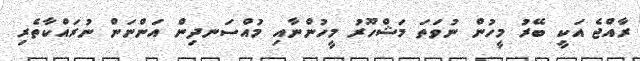
ރާއްޖެ އަކީ ބޭރު މީހުން ނުވަތަ މަޝްހޫރު މީހުންނާއި މުއްސަނދިން އަންނަން ނުރައްކާތެރި